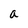
Character: a